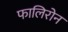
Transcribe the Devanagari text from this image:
फालिरोन